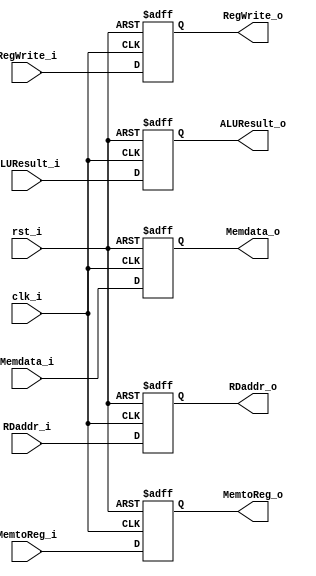
module MEMWBRegisters
(
    clk_i,
    rst_i,
    RegWrite_i,
    MemtoReg_i,
    ALUResult_i,
    Memdata_i,
    RDaddr_i,
    RegWrite_o,
    MemtoReg_o,
    ALUResult_o,
    Memdata_o,
    RDaddr_o
);

    input clk_i;
    input rst_i;
    input RegWrite_i;
    input MemtoReg_i;
    input[31:0] ALUResult_i;
    input[31:0] Memdata_i;
    input[4:0] RDaddr_i;
    output RegWrite_o;
    output MemtoReg_o;
    output[31:0] ALUResult_o;
    output[31:0] Memdata_o;
    output[4:0] RDaddr_o;

    reg RegWrite_reg;
    reg MemtoReg_reg;
    reg[31:0] ALUResult_reg;
    reg[31:0] Memdata_reg;
    reg[4:0] RDaddr_reg;

    assign RegWrite_o = RegWrite_reg;
    assign MemtoReg_o = MemtoReg_reg;
    assign ALUResult_o = ALUResult_reg;
    assign Memdata_o = Memdata_reg;
    assign RDaddr_o = RDaddr_reg;

    always@(posedge clk_i or posedge rst_i) begin
        if (rst_i) begin
            RegWrite_reg <= 1'b0;
            MemtoReg_reg <= 1'b0;
            ALUResult_reg <= 32'b0;
            Memdata_reg <= 32'b0;
            RDaddr_reg <= 5'b0; 
        end
        else begin
            RegWrite_reg <= RegWrite_i;
            MemtoReg_reg <= MemtoReg_i;
            ALUResult_reg <= ALUResult_i;
            Memdata_reg <= Memdata_i;
            RDaddr_reg <= RDaddr_i;
        end 
    end

endmodule